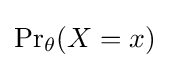
\mathrm {Pr} _{\theta }(X=x)